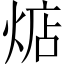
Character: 𱫛